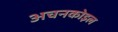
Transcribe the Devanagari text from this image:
अचनकोइल